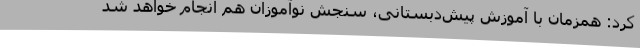
کرد: همزمان با آموزش پیش‌دبستانی، سنجش نوآموزان هم انجام خواهد شد